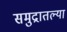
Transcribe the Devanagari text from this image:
समुद्रातल्या